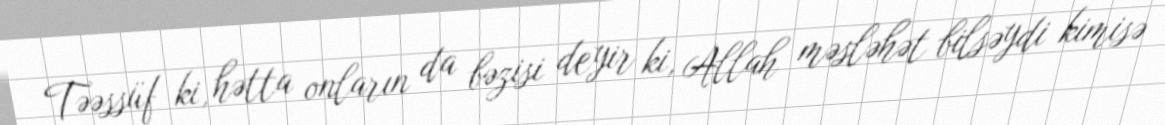
Təəssüf ki, hətta onların da bəzisi deyir ki, Allah məsləhət bilsəydi kimisə